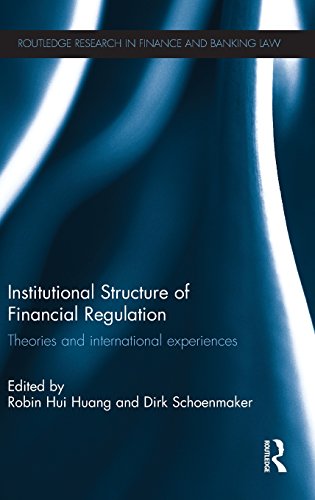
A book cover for Institutional Structure of Financial Regulation: Theories and International Experiences (Routledge Research in Finance and Banking Law); Business & Money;